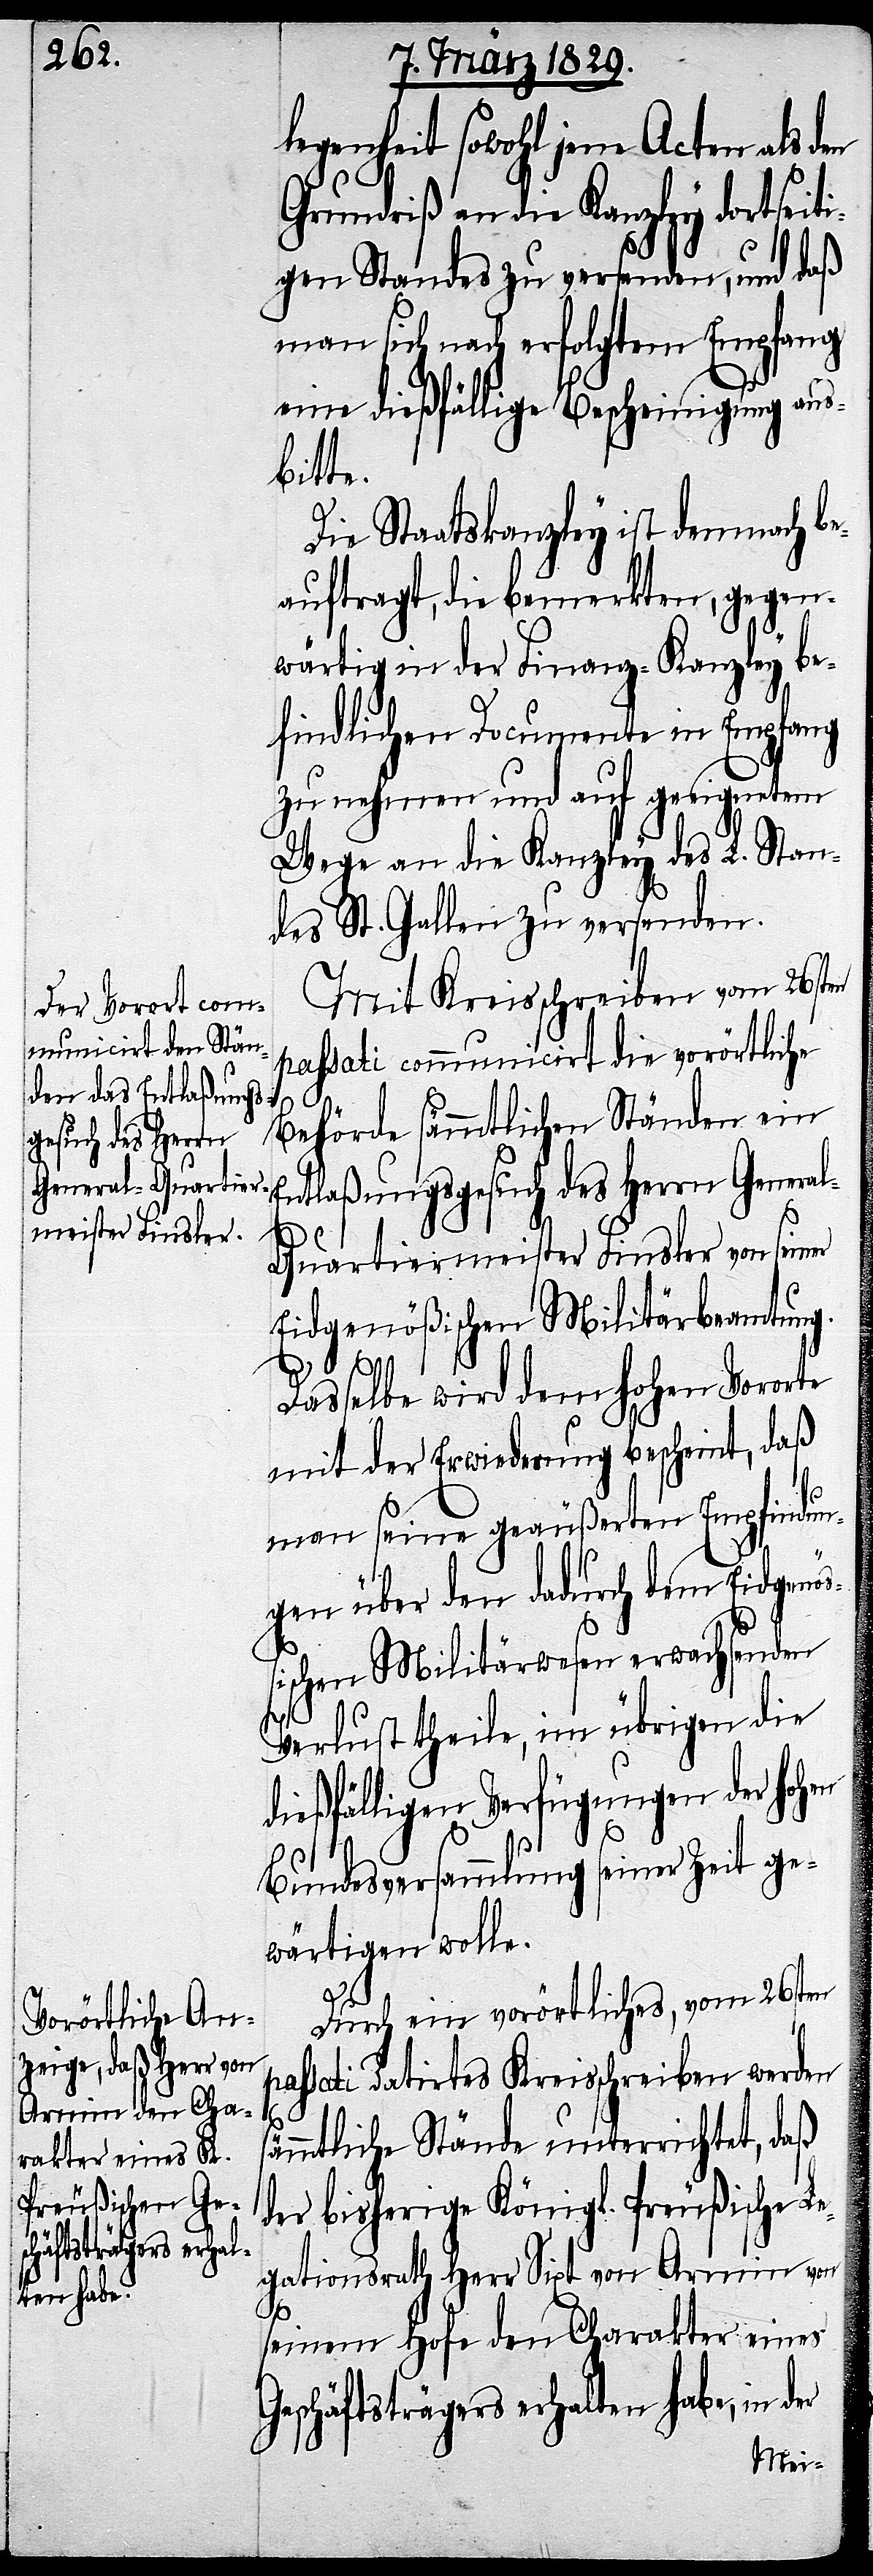
legenheit sowohl jene Acten als den
Grundriß an die Kanzley dortseiti¬
gen Standes zu versenden, und daß
man sich nach erfolgtem Empfang
eine dießfällige Bescheinigung aus¬
bitte.
Die Staatskanzley ist demnach b¬
eauftragt, die bemerkten, gegen¬
wärtig in der Finanz-Kanzley be¬
findlichen Documente in Empfang
zu nehmen und auf geeignetem
Wege an die Kanzley des L. Stan¬
des St. Gallen zu versenden.
Mit Kreisschreiben vom 26sten
passati communicirt die vorörtliche
Behörde sämmtlichen Ständen ein
Entlaßungsgesuch des Herrn Genera¬
l-Quartiermeister Finsler von sein¬
Eidgenößischen Militärbeamtung.
Dasselbe wird dem hohen Vororte
mit der Erwiederung bescheint, daß
man seine geäußerte Empfindun¬
gen über den dadurch dem Eidgenöß¬
ischen Militärwesen erwachsenden
Verlust theile, im übrigen die
dießfälligen Verfügungen der hohen
s¬
Bundesversammlung seiner Zeit ge¬
wärtigen wolle.
Durch ein vorörtliches, vom 26sten
passati datirtes Kreisschreiben werden
ämmtliche Stände unterrichtet, daß
der bisherige Königl. Preußische Le¬
gationsrath Herr Sixt von Armin von
seinem Hofe den Charakter eines
Geschäftsträgers erhalten habe, in der